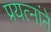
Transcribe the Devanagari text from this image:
प्रयत्नांने